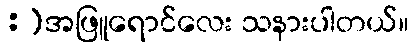
:)အဖြူရောင်လေး သနားပါတယ်။